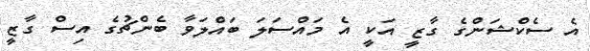
އެ ސެކްޝަންގެ ގާޒީ އަކީ އެ މައްސަލަ ބައްލަވާ ބެންޗުގެ އިސް ގާޒީ